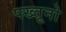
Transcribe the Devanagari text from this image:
पख्तूनो